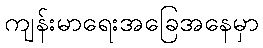
ကျန်းမာရေးအခြေအနေမှာ